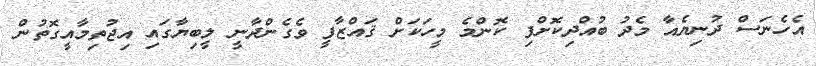
އެހެނަސް ދުނިޔެއާ މެދު ބުއްދިކޮށްފި ކޮންމެ މީހަކަށް ޤައްޒާފީ ވެގެންދާނީ ލީބިޔާގައި އިޖުތިމާއީގޮތުން